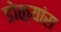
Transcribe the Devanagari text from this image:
डोळ्यांस